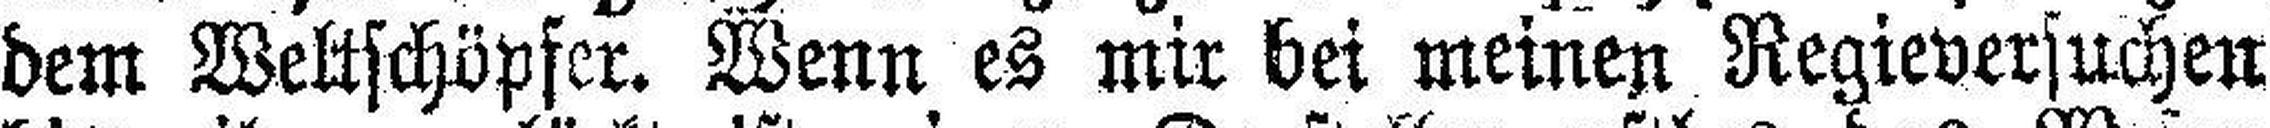
dem Weltschöpfer. Wenn es mir bei meinen Regieversuchen